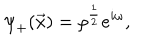
{ \psi } _ { + } ( \vec { x } ) = { \rho } ^ { \frac { 1 } { 2 } } e ^ { i \omega } ,